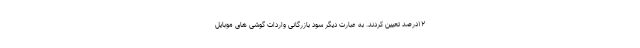
۱۲درصد تعیین کردند. به عبارت دیگر سود بازرگانی واردات گوشی های موبایل